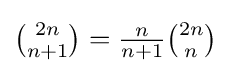
{\tbinom {2n}{n+1}}={\tfrac {n}{n+1}}{\tbinom {2n}{n}}